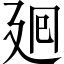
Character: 𢌞